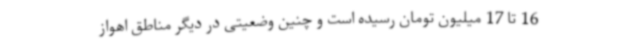
16 تا 17 میلیون تومان رسیده است و چنین وضعیتی در دیگر مناطق اهواز